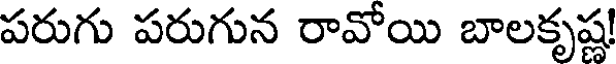
పరుగు పరుగున రావోయి బాలకృష్ణ!